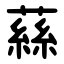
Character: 蕬